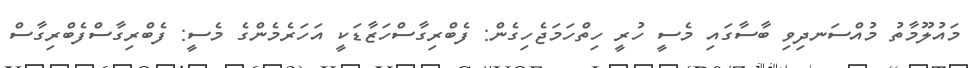
މައުލޫމާތު މުއްސަނދިވި ބާސާގައި މެސީ ހުރީ ހިތްހަމަޖެހިގެން: ފެބްރިގާސްހަޒާޑަކީ އަހަރެމެންގެ މެސީ: ފެބްރިގާސްފެބްރިގާސް